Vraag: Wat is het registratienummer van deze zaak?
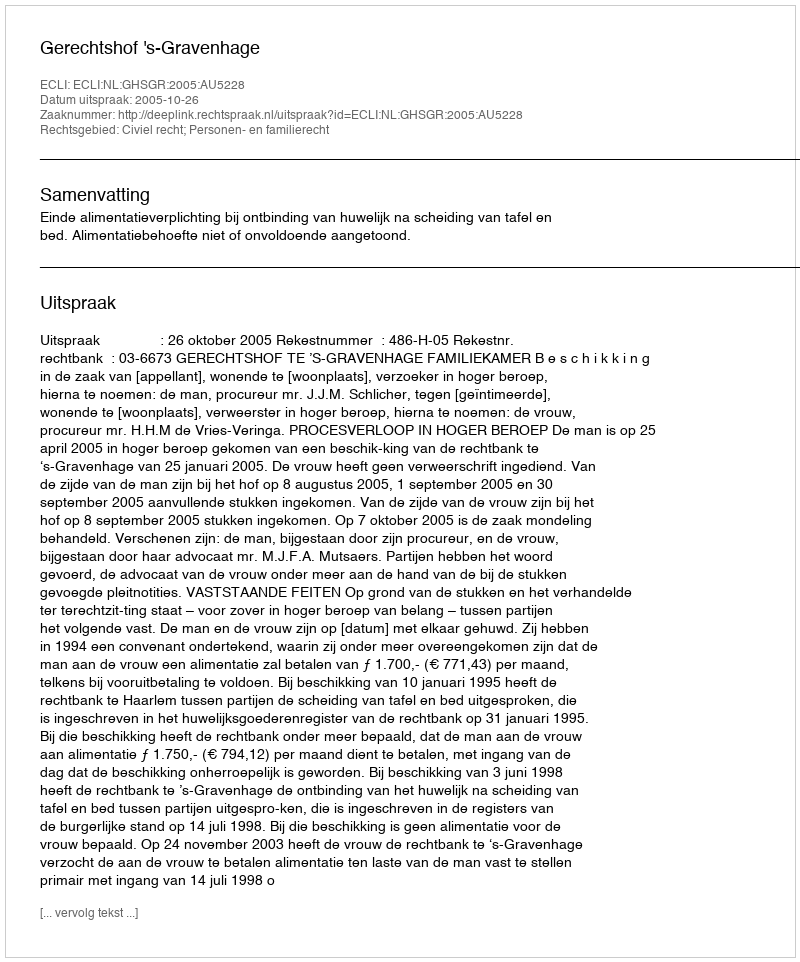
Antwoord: http://deeplink.rechtspraak.nl/uitspraak?id=ECLI:NL:GHSGR:2005:AU5228